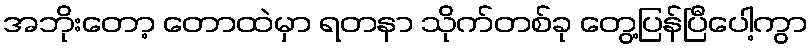
အဘိုးတော့ တောထဲမှာ ရတနာ သိုက်တစ်ခု တွေ့ပြန်ပြီပေါ့ကွာ